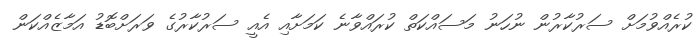
ކުރެއްވުމަށް ސަރުކާރުން ނުހަނު މަސައްކަތް ކުރައްވާނެ ކަމަށާއި އެއީ ސަރުކާރުގެ ވަރަށްބޮޑު އަމާޒެއްކަން